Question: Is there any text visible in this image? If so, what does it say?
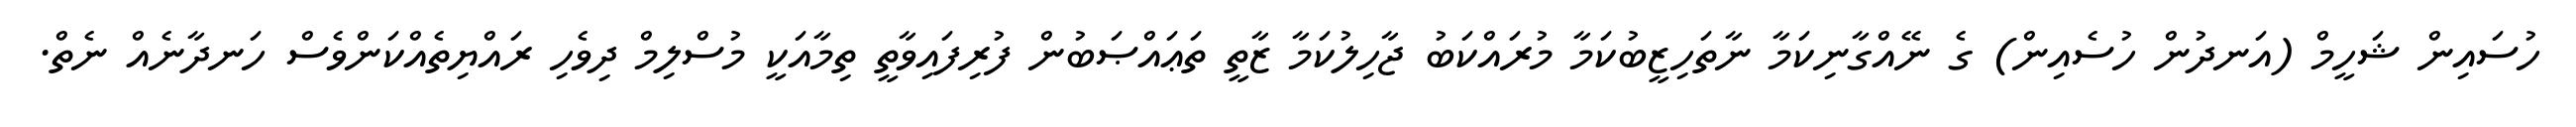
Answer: ހުސައިން ޝަހީމް (އަނދުން ހުސެއިން) ގެ ނޭއްގާނިކަމާ ނާތަހިޒީބުކަމާ މުރައްކަބު ޖާހިލުކަމާ ޒާތީ ތަޢައްޞަބުން ފުރިފައިވާތީ ތިމާއަކީ މުސްލިމް ދިވެހި ރައްޔިތެއްކަންވެސް ހަނދާނެއް ނެތް.